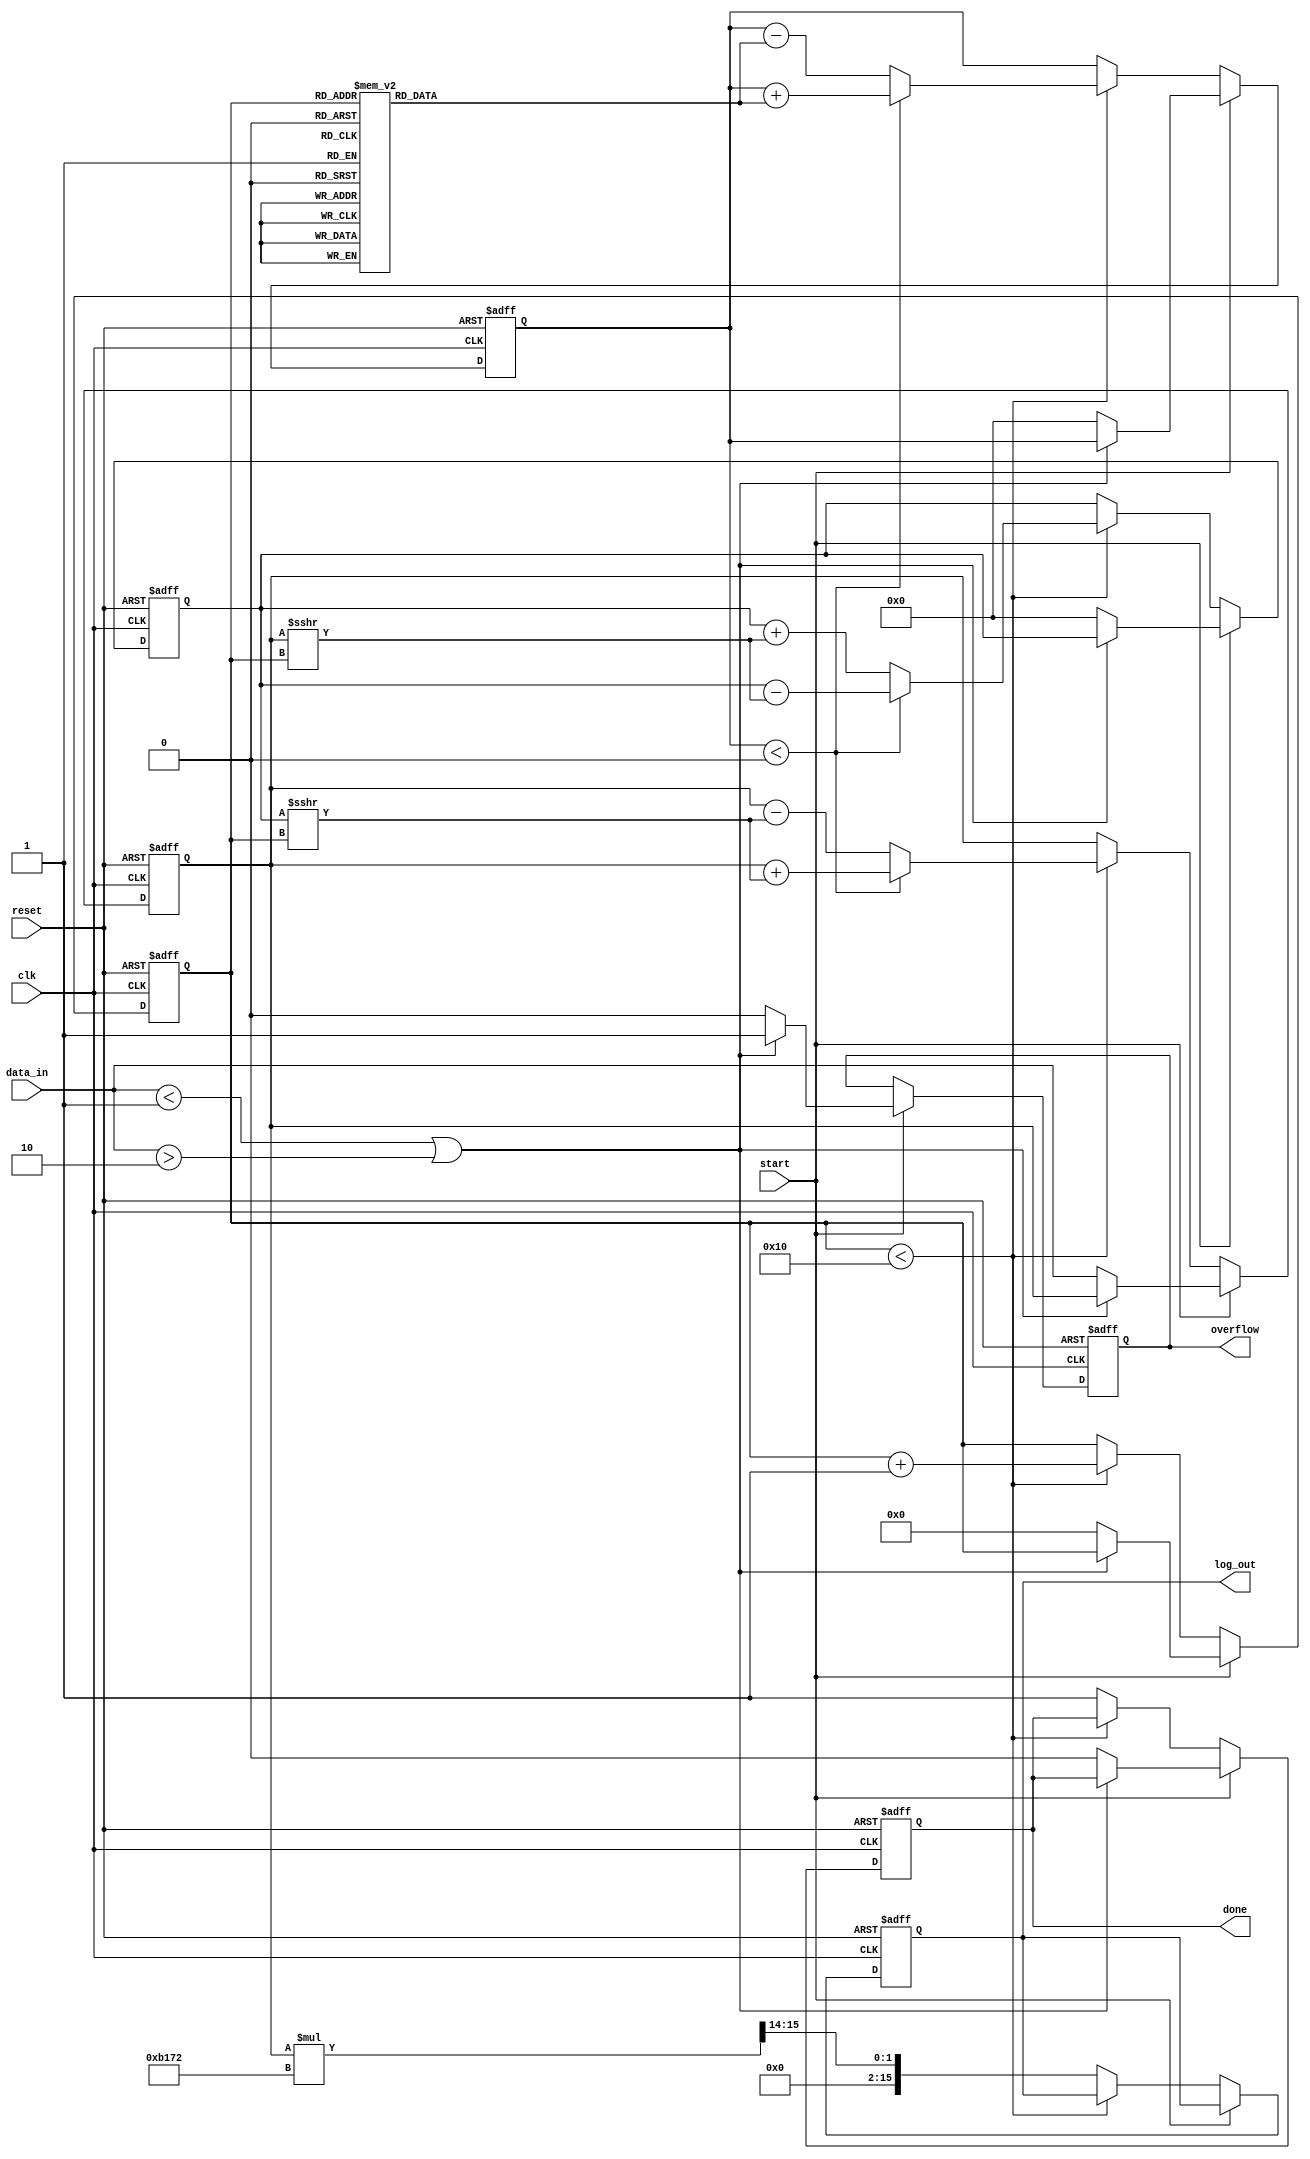
module cordic_logarithm (
    input wire clk,
    input wire reset,
    input wire start,
    input wire [15:0] data_in, // Input value (fixed-point representation)
    output reg [15:0] log_out,  // Logarithm output (fixed-point representation)
    output reg done,            // Status flag indicating completion
    output reg overflow         // Overflow flag
);

    // Parameters
    parameter MAX_ITERATIONS = 16;
    parameter ANGLE_WIDTH = 16;
    parameter SCALE_FACTOR = 16'hB172; // Scaling factor for CORDIC

    // Internal signals
    reg [15:0] x; // Current x value
    reg [15:0] y; // Current y value
    reg [15:0] z; // Current angle
    reg [3:0] iteration; // Iteration counter
    reg [15:0] angle_table [0:MAX_ITERATIONS-1]; // Precomputed angles

    // Initialize angle table
    initial begin
        angle_table[0] = 16'h0000; // atan(2^0)
        angle_table[1] = 16'h1C71; // atan(2^-1)
        angle_table[2] = 16'h1A62; // atan(2^-2)
        angle_table[3] = 16'h186A; // atan(2^-3)
        angle_table[4] = 16'h1715; // atan(2^-4)
        angle_table[5] = 16'h162E; // atan(2^-5)
        angle_table[6] = 16'h1555; // atan(2^-6)
        angle_table[7] = 16'h1490; // atan(2^-7)
        angle_table[8] = 16'h13B9; // atan(2^-8)
        angle_table[9] = 16'h12D5; // atan(2^-9)
        angle_table[10] = 16'h11F0; // atan(2^-10)
        angle_table[11] = 16'h1110; // atan(2^-11)
        angle_table[12] = 16'h1032; // atan(2^-12)
        angle_table[13] = 16'h0F57; // atan(2^-13)
        angle_table[14] = 16'h0E7C; // atan(2^-14)
        angle_table[15] = 16'h0D9A; // atan(2^-15)
    end

    // CORDIC algorithm
    always @(posedge clk or posedge reset) begin
        if (reset) begin
            x <= 16'h0000; // Initialize x
            y <= 16'h0000; // Initialize y
            z <= 16'h0000; // Initialize z
            iteration <= 0; // Reset iteration counter
            log_out <= 16'h0000; // Clear output
            done <= 0; // Clear done flag
            overflow <= 0; // Clear overflow flag
        end else if (start) begin
            // Normalize input
            if (data_in < 16'h0001 || data_in > 16'h0002) begin
                overflow <= 1; // Set overflow if input is out of range
            end else begin
                x <= data_in; // Set x to input
                y <= 16'h0000; // Initialize y
                z <= 16'h0000; // Initialize z
                iteration <= 0; // Start iterations
                done <= 0; // Clear done flag
                overflow <= 0; // Clear overflow flag
            end
        end else if (iteration < MAX_ITERATIONS) begin
            // CORDIC rotation logic
            if (z < 0) begin
                // Counter-clockwise rotation
                x <= x + (y >>> iteration);
                y <= y - (x >>> iteration);
                z <= z + angle_table[iteration];
            end else begin
                // Clockwise rotation
                x <= x - (y >>> iteration);
                y <= y + (x >>> iteration);
                z <= z - angle_table[iteration];
            end
            iteration <= iteration + 1; // Increment iteration
        end else begin
            // Final output calculation
            log_out <= (x * SCALE_FACTOR) >> 14; // Scale output
            done <= 1; // Set done flag
        end
    end

endmodule